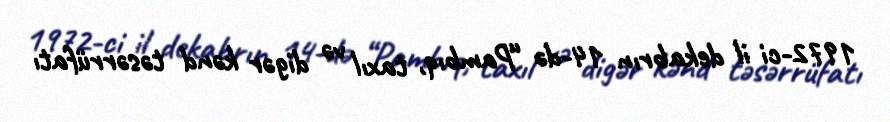
1972-ci il dekabrın 14-də “Pambıq, taxıl və digər kənd təsərrüfatı